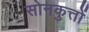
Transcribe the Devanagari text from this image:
सोनकुत्तों